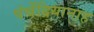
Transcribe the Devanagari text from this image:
पंचेंद्रियानाह